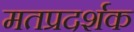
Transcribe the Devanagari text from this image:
मतप्रदर्शक